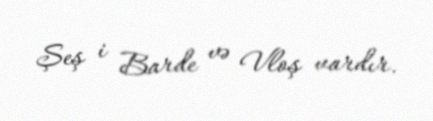
Şeş i Barde və Vloş vardır.